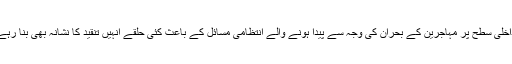
تاہم داخلی سطح پر مہاجرین کے بحران کی وجہ سے پیدا ہونے والے انتظامی مسائل کے باعث کئی حلقے انہیں تنقید کا نشانہ بھی بنا رہے ہیں۔